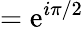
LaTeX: =\mathrm{e}^{i\pi/2}